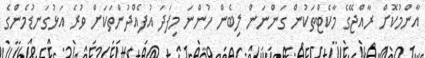
އާންމުކޮށް ރާއްޖޭގެ މާކެޓްތަކުން ގަންނަން ލިބެން ހުންނަ މިފަދަ އުފެއްދުންތަކަށް ވުރެ އަޅުގަނޑުމެންގެ